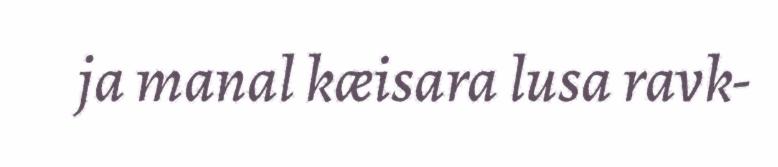
ja manal kæisara lusa ravk-